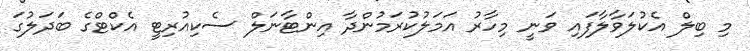
މި ބިލް އެކުލަވާލާފައި ވަނީ މިހާރު އަމަލުކުރަމުންދާ އިންޓާނަލް ސެކިއުރިޓީ އެކްޓްގެ ބަދަލުގަ